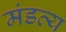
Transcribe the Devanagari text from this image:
मंडव्य